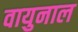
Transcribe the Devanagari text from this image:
वायुनाल